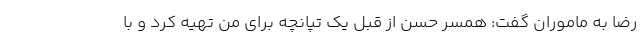
رضا به ماموران گفت: همسر حسن از قبل یک تپانچه برای من تهیه کرد و با